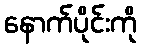
နောက်ပိုင်းကို